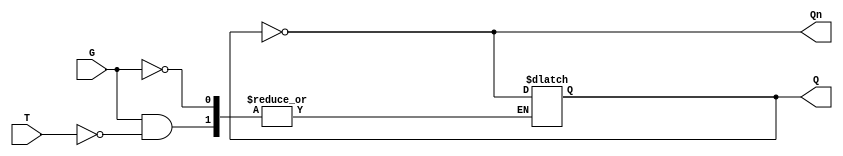
module gated_t_latch (
    input wire T,    // Toggle Input
    input wire G,    // Gate/Enable Signal
    output reg Q,    // Output
    output wire Qn   // Complement of Output
);

// Complement of the output
assign Qn = ~Q;

// Sensitivity list includes the control signal G
always @(G or T) begin
    if (G) begin
        // If G is high, check T
        if (T) begin
            // Toggle the state of Q
            Q <= ~Q; // Toggle
        end
        // If T is low, maintain current state (do nothing)
    end
    // If G is low, retain current state (hold)
end

// Initial block to set default state
initial begin
    Q = 0; // Initial state of the latch
end

endmodule